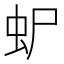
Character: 𮓴